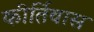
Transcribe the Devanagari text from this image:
कीर्तिवास